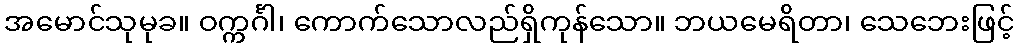
အမောင်သုမုခ။ ဝက္ကင်္ဂါ၊ ကောက်သောလည်ရှိကုန်သော။ ဘယမေရိတာ၊ သေဘေးဖြင့်